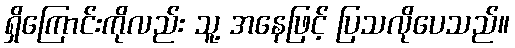
ရှိကြောင်းကိုလည်း သူ့ အနေဖြင့် ပြသလိုပေသည်။